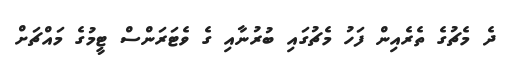
ދެ މެޗުގެ ތެރެއިން ފަހު މެޗުގައި ބުރުނާއި ގެ ވެޓަރަންސް ޓީމުގެ މައްޗަށް